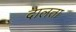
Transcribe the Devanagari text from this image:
दालता